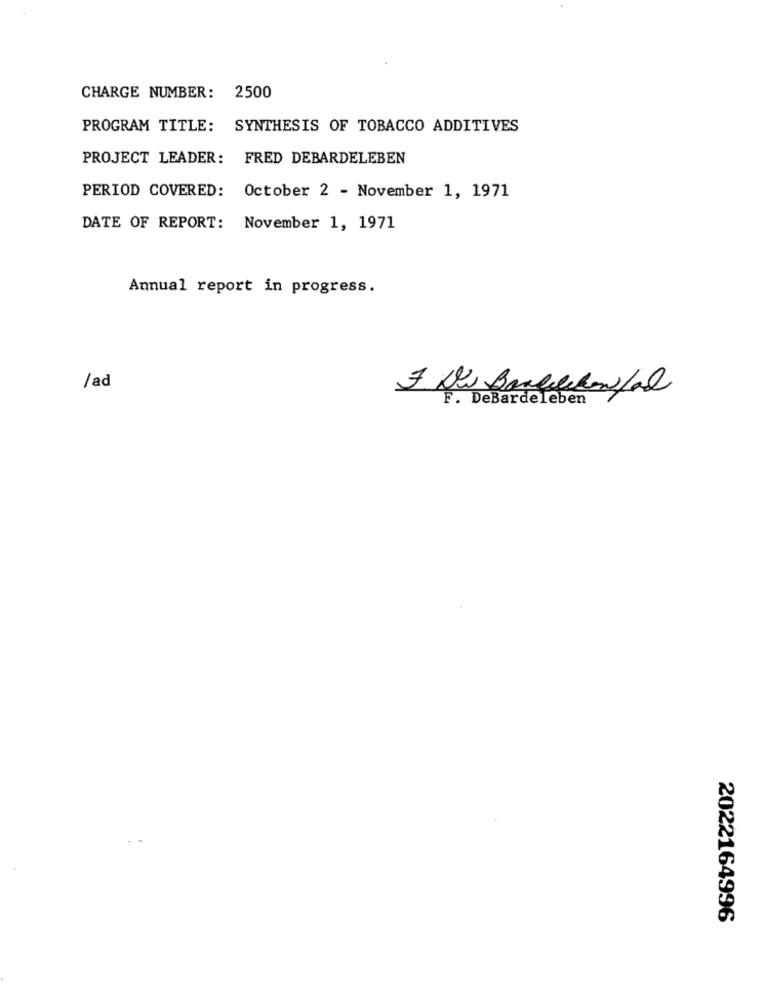
CHARGE NUMBER: 2500
PROGRAM TITLE: SYNTHESIS OF TOBACCO ADDITIVES
PROJECT LEADER: FRED DEBARDELEBEN
PERIOD COVERED: October 2 - November 1, 1971
DATE OF REPORT: November 1, 1971
Annual report in progress.
/ad
F. Dis Barcellonafal
F. DeBardeleben
2022164996